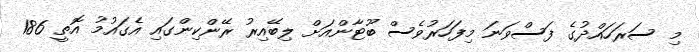
މި ސަރަހައްދުގެ ފަސްވަނަ މިފަހަރުވެސް ބޫޓާންއަށް ލިބޭއިރު ރޭންކިންގައި އެގައުމު އޮތީ 186